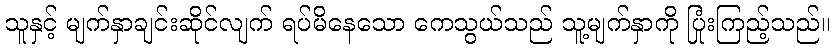
သူနှင့် မျက်နှာချင်းဆိုင်လျက် ရပ်မိနေသော ကေသွယ်သည် သူ့မျက်နှာကို ပြုံးကြည့်သည်။